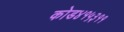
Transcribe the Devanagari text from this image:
कोड४१५३११